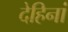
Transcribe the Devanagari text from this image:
देहिनां